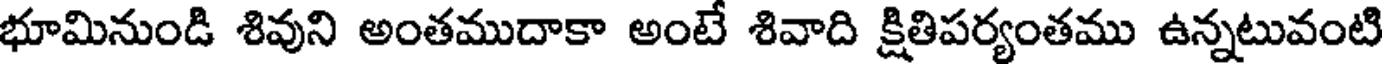
భూమినుండి శివుని అంతముదాకా అంటే శివాది క్షితిపర్యంతము ఉన్నటువంటి